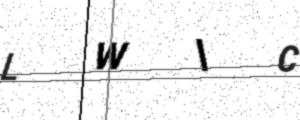
Text: LWIC